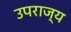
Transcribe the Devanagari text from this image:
उपराज्य